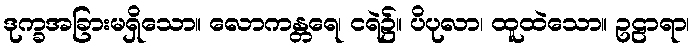
ဒုက္ခအခြားမရှိသော။ လောကန္တရေ၊ ငရဲ၌။ ပိပုလာ၊ ထူထဲသော။ ဥဠာရာ၊